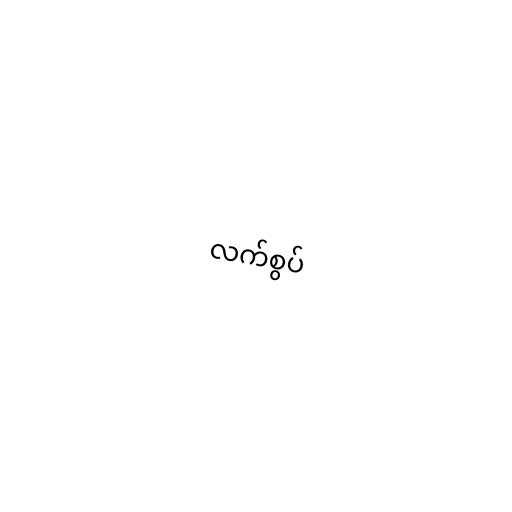
လက်စွပ်